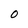
Character: O